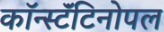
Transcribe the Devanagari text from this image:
कॉन्स्टॅंटिनोपल